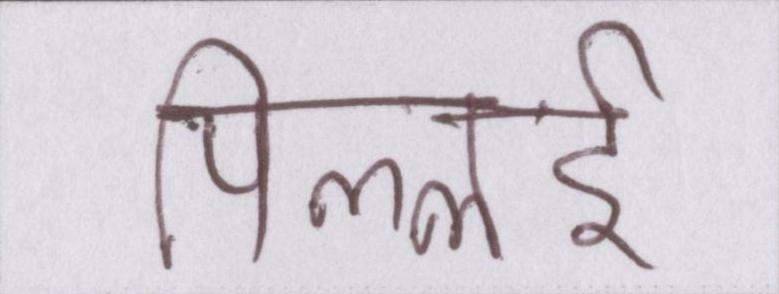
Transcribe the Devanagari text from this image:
पिल्लई